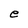
Character: e